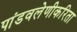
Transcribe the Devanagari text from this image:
पांडवलेणीकरिता